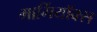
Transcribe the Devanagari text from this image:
मार्गियॉक्स